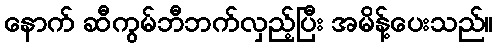
နောက် ဆီကွမ်ဘီဘက်လှည့်ပြီး အမိန့်ပေးသည်။